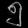
Digit: ၅